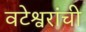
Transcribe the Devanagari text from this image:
वटेश्वरांची